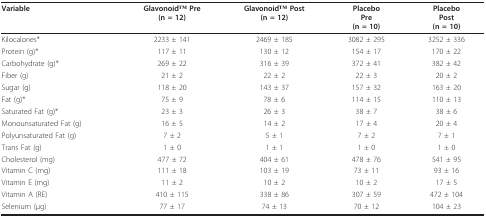
<table><thead><tr><td><b>Variable</b></td><td><b>GlavonoidTM Pre(n = 12)</b></td><td><b>GlavonoidTM Post(n = 12)</b></td><td><b>PlaceboPre(n = 10)</b></td><td><b>PlaceboPost(n = 10)</b></td></tr></thead><tbody><tr><td>Kilocalories*</td><td>2233 ± 141</td><td>2469 ± 185</td><td>3082 ± 295</td><td>3252 ± 336</td></tr><tr><td>Protein (g)*</td><td>117 ± 11</td><td>130 ± 12</td><td>154 ± 17</td><td>170 ± 22</td></tr><tr><td>Carbohydrate (g)*</td><td>269 ± 22</td><td>316 ± 39</td><td>372 ± 41</td><td>382 ± 42</td></tr><tr><td>Fiber (g)</td><td>21 ± 2</td><td>22 ± 2</td><td>22 ± 3</td><td>20 ± 2</td></tr><tr><td>Sugar (g)</td><td>118 ± 20</td><td>143 ± 37</td><td>157 ± 32</td><td>163 ± 20</td></tr><tr><td>Fat (g)*</td><td>75 ± 9</td><td>78 ± 6</td><td>114 ± 15</td><td>110 ± 13</td></tr><tr><td>Saturated Fat (g)*</td><td>23 ± 3</td><td>26 ± 3</td><td>38 ± 7</td><td>38 ± 6</td></tr><tr><td>Monounsaturated Fat (g)</td><td>16 ± 5</td><td>14 ± 2</td><td>17 ± 4</td><td>20 ± 4</td></tr><tr><td>Polyunsaturated Fat (g)</td><td>7 ± 2</td><td>5 ± 1</td><td>7 ± 2</td><td>7 ± 1</td></tr><tr><td>Trans Fat (g)</td><td>1 ± 0</td><td>1 ± 1</td><td>1 ± 0</td><td>1 ± 0</td></tr><tr><td>Cholesterol (mg)</td><td>477 ± 72</td><td>404 ± 61</td><td>478 ± 76</td><td>541 ± 95</td></tr><tr><td>Vitamin C (mg)</td><td>111 ± 18</td><td>103 ± 19</td><td>73 ± 11</td><td>93 ± 16</td></tr><tr><td>Vitamin E (mg)</td><td>11 ± 2</td><td>10 ± 2</td><td>10 ± 2</td><td>17 ± 5</td></tr><tr><td>Vitamin A (RE)</td><td>410 ± 115</td><td>338 ± 86</td><td>307 ± 59</td><td>472 ± 104</td></tr><tr><td>Selenium (μg)</td><td>77 ± 17</td><td>74 ± 13</td><td>70 ± 12</td><td>104 ± 23</td></tr></tbody></table>